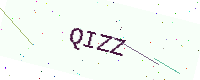
Text: QIZZ